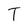
Character: T